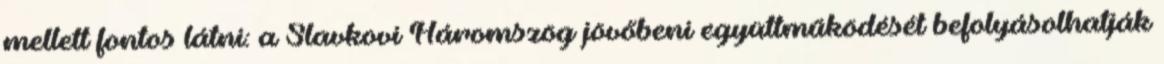
mellett fontos látni: a Slavkovi Háromszög jövőbeni együttműködését befolyásolhatják